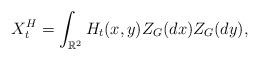
LaTeX: \begin{align*}X^H_t=\int_{\mathbb{R}^2}H_t(x,y)Z_G(dx)Z_G(dy),\end{align*}